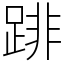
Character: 䠊